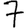
Digit: 7